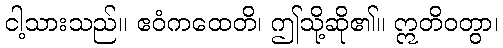
ငါ့သားသည်။ ဧဝံကထေတိ၊ ဤသို့ဆို၏။ ဣတိဝတွာ၊